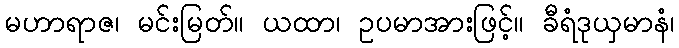
မဟာရာဇ၊ မင်းမြတ်။ ယထာ၊ ဥပမာအားဖြင့်။ ခီရံဒုယှမာနံ၊